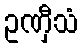
ဥဏှီသံ